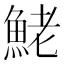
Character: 鮱